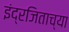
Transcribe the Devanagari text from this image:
इंद्रजिताच्या